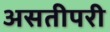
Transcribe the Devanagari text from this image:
असतीपरी